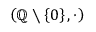
\left( \mathbb { Q } \setminus \left\{ 0 \right\} , \cdot \right)